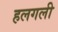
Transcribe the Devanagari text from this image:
हलगली